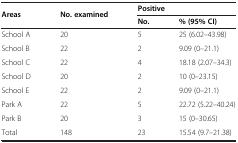
| <ROWSPAN=2> Areas | <ROWSPAN=2> No. examined | <COLSPAN=2> Positive |
 | No. | % (95%CI) |
 | --- | --- | --- | --- |
 | School A | 20 | 5 | 25 (6.02–43.98) |
 | School B | 22 | 2 | 9.09 (0–21.1) |
 | School C | 22 | 4 | 18.18 (2.07–34.3) |
 | School D | 20 | 2 | 10 (0–23.15) |
 | School E | 22 | 2 | 9.09 (0–21.1) |
 | Park A | 22 | 5 | 22.72 (5.22–40.24) |
 | Park B | 20 | 3 | 15 (0–30.65) |
 | Total | 148 | 23 | 15.54 (9.7–21.38) |